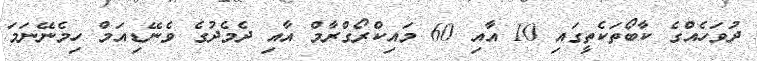
ދުވަހެއްގެ ކާބޯތަކެތީގައި 10 އާއި 60 މައިކްރޯގްރާމް އާއި ދެމެދުގެ ވެނޭޑިއަމް ހިމެނޭނަމަ